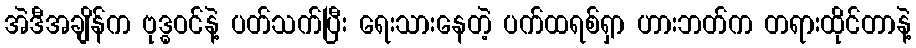
အဲဒီအချိန်က ဗုဒ္ဓဝင်နဲ့ ပတ်သက်ပြီး ရေးသားနေတဲ့ ပက်ထရစ်ရှာ ဟားဘတ်က တရားထိုင်တာနဲ့